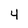
Character: 4